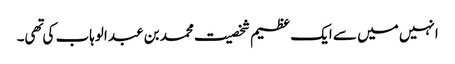
انہیں میں سے ایک عظیم شخصیت محمد بن عبد الوہاب کی تهی۔